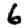
Digit: 6